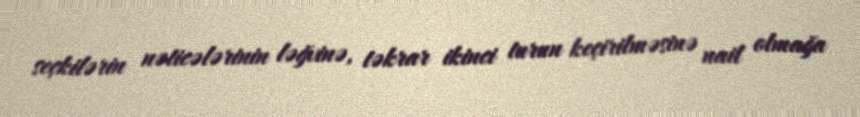
seçkilərin nəticələrinin ləğvinə, təkrar ikinci turun keçirilməsinə nail olmağa